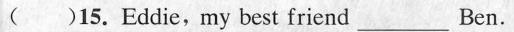
( )15.Eddie, my best friend___ Ben.